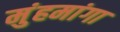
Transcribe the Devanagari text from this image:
मुंहमांगा